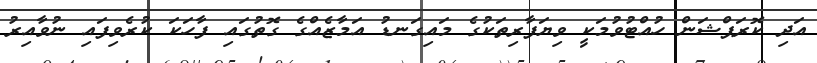
އަދި ކޮރަޕްޝަން ހުއްޓުވުމަކީ ވިޔަފާރިތަކުގެ މައިގަނޑު އަމާޒެއްގެ ގޮތުގައި ފާހަކަ ކުރެވިފައި ނުވާއިރު